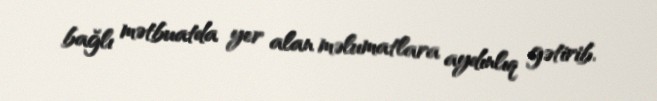
bağlı mətbuatda yer alan məlumatlara aydınlıq gətirib.